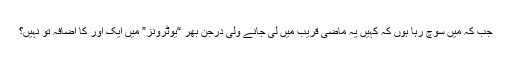
جب کہ میں سوچ رہا ہوں کہ کہیں یہ ماضیِ قریب میں لی جانے ولی درجن بھر “یوٹرونز” میں ایک اور کا اضافہ تو نہیں؟